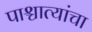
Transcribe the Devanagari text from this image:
पाश्चात्यांचा